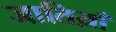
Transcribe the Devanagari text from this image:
जातिय़ाँ